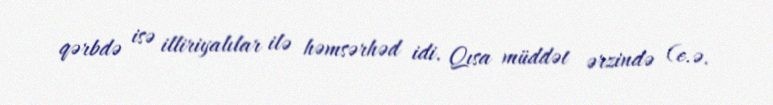
qərbdə isə illiriyalılar ilə həmsərhəd idi. Qısa müddət ərzində (e.ə.